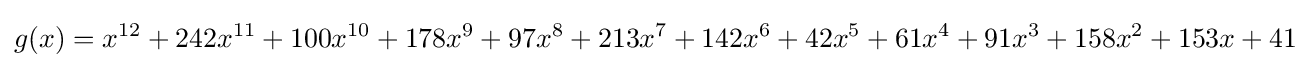
g(x)=x^{12}+242x^{11}+100x^{10}+178x^{9}+97x^{8}+213x^{7}+142x^{6}+42x^{5}+61x^{4}+91x^{3}+158x^{2}+153x+41